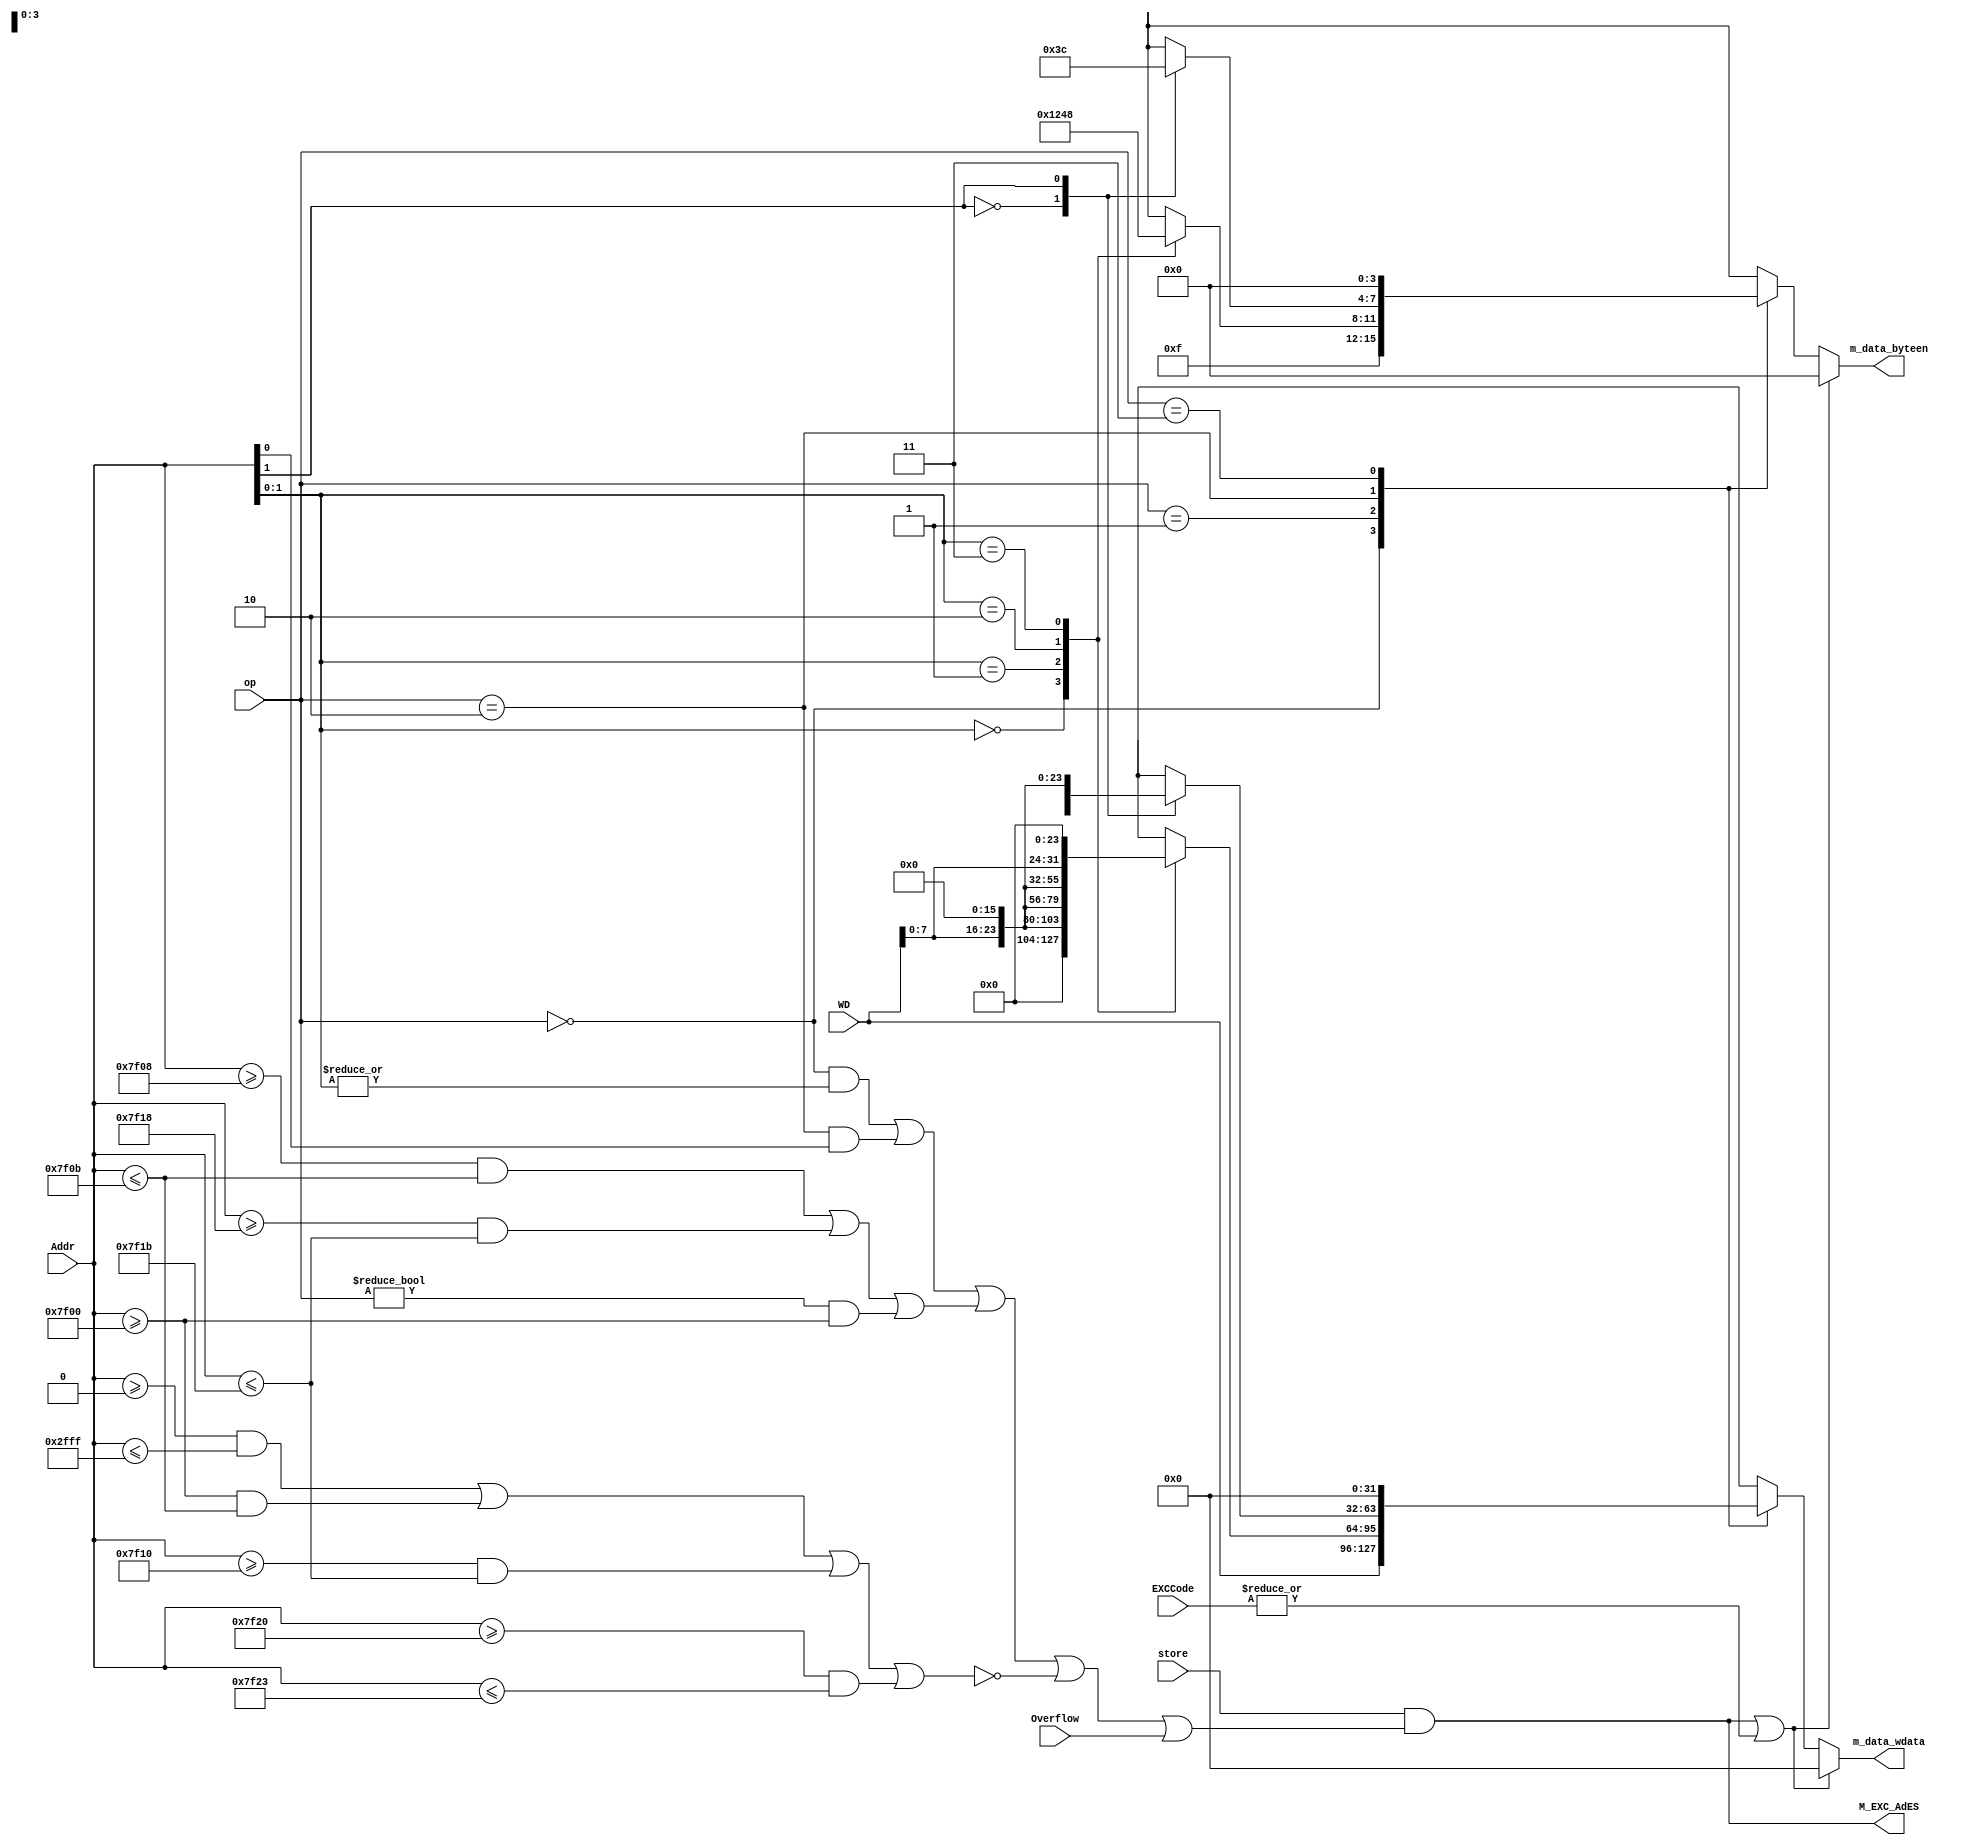
module BE(
    input [1:0] op,
    input [31:0] Addr,
    input [31:0] WD,
    input Overflow,
    input store,
    input [4:0] EXCCode,
    output M_EXC_AdES,
    output reg [3:0] m_data_byteen,
    output reg [31:0] m_data_wdata
    );
    parameter BE_word = 2'b00;
    parameter BE_byte = 2'b01;
    parameter BE_half = 2'b10;
    parameter BE_none = 2'b11;

    wire[7:0]  byte0 = WD[7:0];
    wire[15:0] half0 = WD[15:0];
    wire[31:0] word0 = WD[31:0];
    wire NotAlignWord = ((op == BE_word) && (|Addr[1:0]));//sw 4 
    wire NotAlignHalf = ((op == BE_half) && (Addr[0]));   //sw 2 
    wire OutRange = !(((Addr >= 32'h0000_0000) && (Addr <= 32'h0000_2fff)) ||
                      ((Addr >= 32'h0000_7f00) && (Addr <= 32'h0000_7f0b)) ||
                      ((Addr >= 32'h0000_7f10) && (Addr <= 32'h0000_7f1b)) ||
                      ((Addr >= 32'h0000_7f20) && (Addr <= 32'h0000_7f23)));
    wire ErrorTimer = (Addr >= 32'h0000_7f08 && Addr <= 32'h0000_7f0b) ||
                      (Addr >= 32'h0000_7f18 && Addr <= 32'h0000_7f1b) ||
                      (op != BE_word && Addr >= 32'h0000_7f00);
    assign M_EXC_AdES = (store && (NotAlignWord || NotAlignHalf || ErrorTimer || OutRange || Overflow));

    always @(*) begin
        if(!(M_EXC_AdES || |EXCCode)) begin
            case (op)
                BE_word:begin
                    m_data_byteen = 4'b1111;
                    m_data_wdata  = word0;
                end
                BE_byte:begin
                    case (Addr[1:0])
                        2'b00:begin
                        m_data_byteen = 4'b0001;
                        m_data_wdata  = {24'b0,byte0}; 
                        end 
                        2'b01:begin
                            m_data_byteen = 4'b0010;
                            m_data_wdata  = {16'b0,byte0,8'b0}; 
                        end
                        2'b10:begin
                            m_data_byteen = 4'b0100;
                            m_data_wdata  = {8'b0,byte0,16'b0};
                        end 
                        2'b11:begin
                            m_data_byteen = 4'b1000;
                            m_data_wdata  = {byte0,24'b0};
                        end 
                    endcase
                end
                BE_half:begin
                    case (Addr[1])
                        1'b0:begin
                            m_data_byteen = 4'b0011;
                            m_data_wdata  = {16'b0,word0};
                        end 
                        1'b1:begin
                            m_data_byteen = 4'b1100;
                            m_data_wdata = {word0,16'b0};
                        end
                    endcase
                end
                BE_none:begin
                    m_data_byteen = 4'b0000;
                    m_data_wdata  = 32'b0;
                end 
            endcase
        end
        else begin
            m_data_byteen = 4'b0000;
            m_data_wdata  = 32'b0;
        end
    end

endmodule